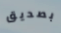
بصديق